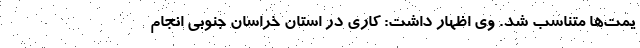
یمت‌ها متناسب شد. وی اظهار داشت: کاری در استان خراسان جنوبی انجام